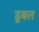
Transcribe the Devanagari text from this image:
डूबल